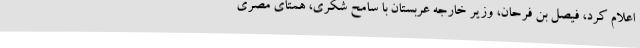
اعلام کرد، فیصل بن فرحان، وزیر خارجه عربستان با سامح شکری، همتای مصری